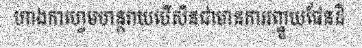
ហាងកាហ្វេមហន្តរាយបើសិនជាមានការរញ្ជួយផែនដី